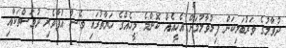
ދުވާލުގެ ވަރުބަލިކަން ފިލުވާލުމަށް އެހީއެއް ކޮންމެ މީހެއްގެ ހަޔާތުގައި ވެސް އުފާވެރި ދުވަސްތަކާއި